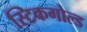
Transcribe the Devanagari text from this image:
स्टिकगोल्ड